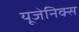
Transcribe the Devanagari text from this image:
यूजेनिक्स